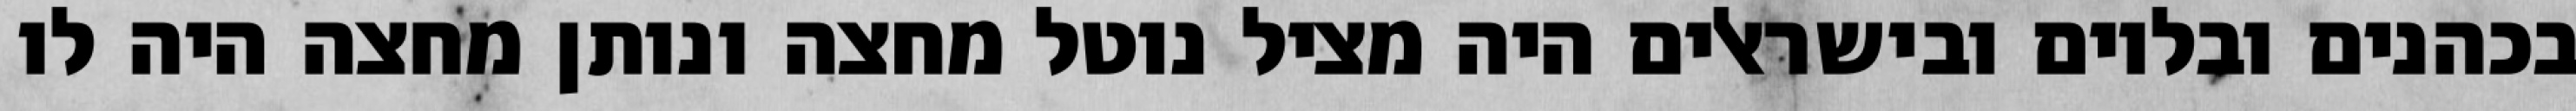
בכהנים ובלוים ובישראלים היה מציל נוטל מחצה ונותן מחצה היה לו